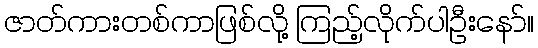
ဇာတ်ကားတစ်ကာဖြစ်လို့ ကြည့်လိုက်ပါဦးနော်။